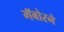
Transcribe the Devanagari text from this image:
गॅबोरने